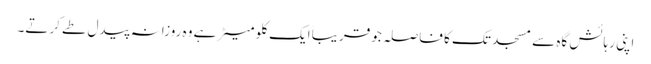
اپنی رہائش گاہ سے مسجد تک کا فاصلہ جو قریباً ایک کلو میٹر ہے وہ روزانہ پیدل طے کرتے۔